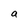
Character: a